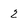
Character: 2